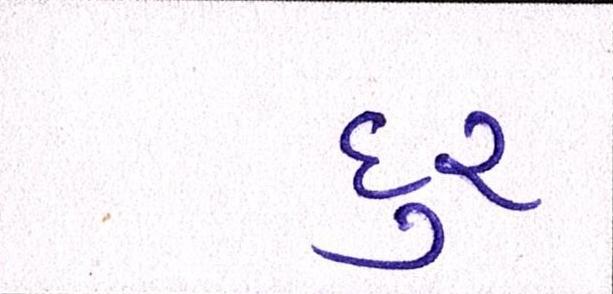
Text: દુર